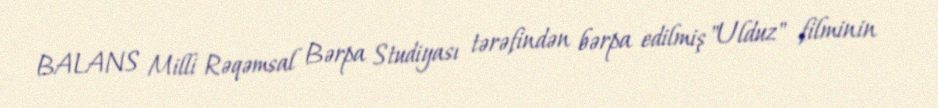
BALANS Milli Rəqəmsal Bərpa Studiyası tərəfindən bərpa edilmiş "Ulduz" filminin